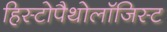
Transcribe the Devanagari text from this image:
हिस्टोपैथोलॉजिस्ट